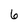
Character: 6